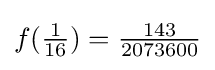
f({\tfrac {1}{16}})={\tfrac {143}{2073600}}